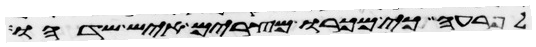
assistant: לפרעה כי מכרו מצרים איש שדהו